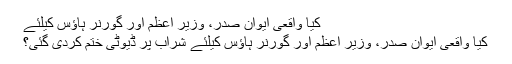
کیا واقعی ایوان صدر، وزیر اعظم اور گورنر ہاؤس کیلئے
کیا واقعی ایوان صدر، وزیر اعظم اور گورنر ہاؤس کیلئے شراب پر ڈیوٹی ختم کردی گئی؟